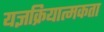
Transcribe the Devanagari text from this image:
यज्ञक्रियात्मकता